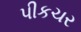
પીકચર